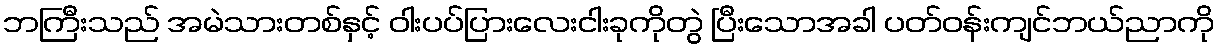
ဘကြီးသည် အမဲသားတစ်နှင့် ဝါးပပ်ပြားလေးငါးခုကိုတွဲ ပြီးသောအခါ ပတ်ဝန်းကျင်ဘယ်ညာကို